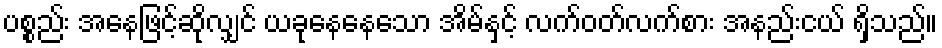
ပစ္စည်း အနေဖြင့်ဆိုလျှင် ယခုနေနေသော အိမ်နှင့် လက်ဝတ်လက်စား အနည်းငယ် ရှိသည်။